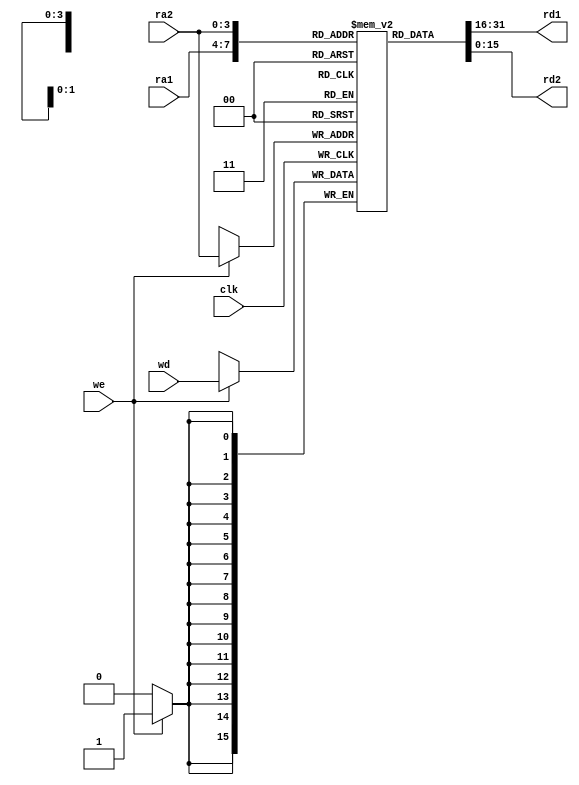
`timescale 1ns / 1ps
`default_nettype none
//`define DBG

module Registers #(
    parameter ADDR_WIDTH = 4,
    parameter WIDTH = 16
)(
    input wire clk,
    input wire [ADDR_WIDTH-1:0] ra1, // register address 1
    input wire [ADDR_WIDTH-1:0] ra2, // register address 2
    input wire [WIDTH-1:0] wd, // data to write to register 'ra2' when 'we' is enabled
    input wire we, // enables write 'wd' to address 'ra2'
    output wire [WIDTH-1:0] rd1, // register data 1
    output wire [WIDTH-1:0] rd2 // register data 2
);

reg signed [WIDTH-1:0] mem [0:2**ADDR_WIDTH-1];

assign rd1 = mem[ra1];
assign rd2 = mem[ra2];

integer i;
initial begin
    for (i = 0; i < 2**ADDR_WIDTH; i = i + 1) begin
        mem[i] = {WIDTH{1'b0}};
    end
end

always @(posedge clk) begin
    `ifdef DBG
        $display("%0t: clk+: Registers (ra1,ra2,rd1,rd2)=(%0h,%0h,%0h,%0h)", $time, ra1, ra2, rd1, rd2);
    `endif

    if (we)
        mem[ra2] <= wd;
end

endmodule

`undef DBG
`default_nettype wire